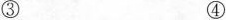
③ ④